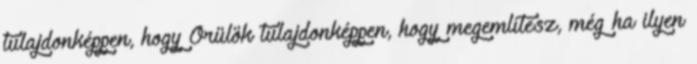
tulajdonképpen, hogy Örülök tulajdonképpen, hogy megemlítesz, még ha ilyen